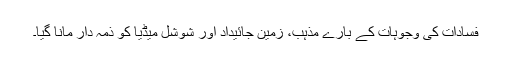
فسادات کی وجوہات کے بارے مذہب، زمین جائیداد اور شوشل میڈیا کو ذمہ دار مانا گیا۔